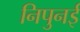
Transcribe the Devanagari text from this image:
निपुनई